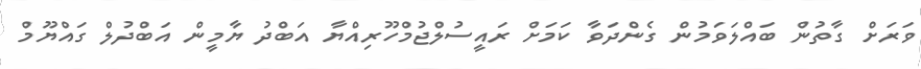
ވަރަށް ގާތުން ބައްލަވަމުން ގެންދަވާ ކަމަށް ރައީސުލްޖުމްހޫރިއްޔާ އަބްދު ޔާމީން އަބްދުލް ގައްޔޫމް